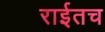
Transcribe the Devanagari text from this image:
राईतच